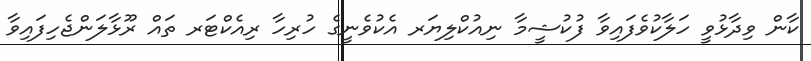
ކާން ވިދާޅުވީ ހަލާކުވެފައިވާ ފުކުޝީމާ ނިއުކްލިޔަރ އެކުވެނީގެ ހުރިހާ ރިއެކްޓަރ ތައް ރޫޅާލަންޖެހިފައިވާ